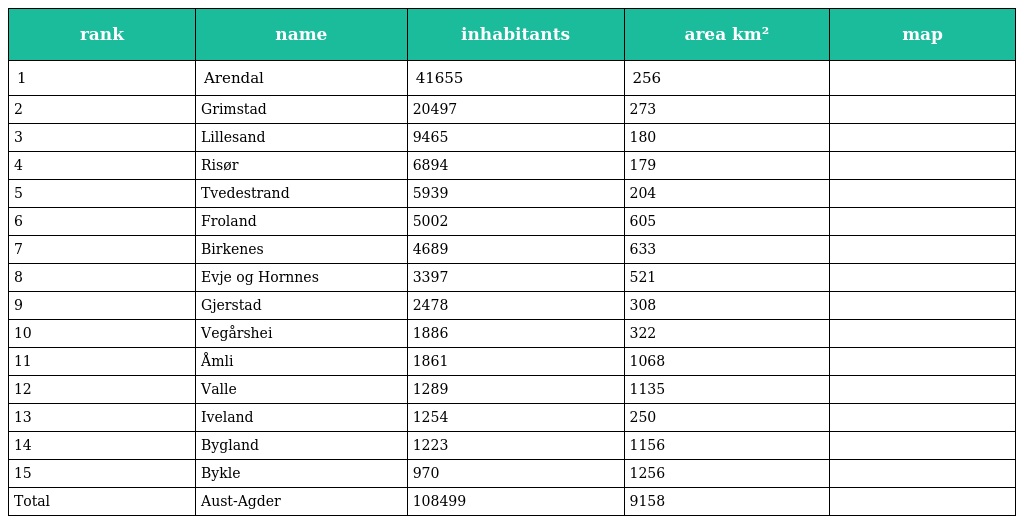
| rank | name | inhabitants | area km² | map |
 | --- | --- | --- | --- | --- |
 | 1 | Arendal | 41655 | 256 |  |
 | 2 | Grimstad | 20497 | 273 |  |
 | 3 | Lillesand | 9465 | 180 |  |
 | 4 | Risør | 6894 | 179 |  |
 | 5 | Tvedestrand | 5939 | 204 |  |
 | 6 | Froland | 5002 | 605 |  |
 | 7 | Birkenes | 4689 | 633 |  |
 | 8 | Evje og Hornnes | 3397 | 521 |  |
 | 9 | Gjerstad | 2478 | 308 |  |
 | 10 | Vegårshei | 1886 | 322 |  |
 | 11 | Åmli | 1861 | 1068 |  |
 | 12 | Valle | 1289 | 1135 |  |
 | 13 | Iveland | 1254 | 250 |  |
 | 14 | Bygland | 1223 | 1156 |  |
 | 15 | Bykle | 970 | 1256 |  |
 | Total | Aust-Agder | 108499 | 9158 |  |